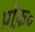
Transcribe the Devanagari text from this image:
प्रोफ़०